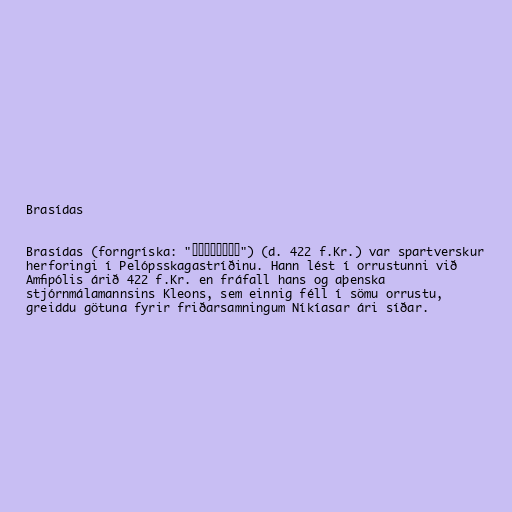
Brasídas

Brasídas (forngríska: "Βρασίδας") (d. 422 f.Kr.) var spartverskur
herforingi í Pelópsskagastríðinu. Hann lést í orrustunni við
Amfipólis árið 422 f.Kr. en fráfall hans og aþenska
stjórnmálamannsins Kleons, sem einnig féll í sömu orrustu,
greiddu götuna fyrir friðarsamningum Níkíasar ári síðar.